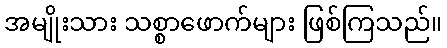
အမျိုးသား သစ္စာဖောက်များ ဖြစ်ကြသည်။